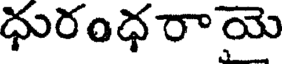
ధురంధరాయె